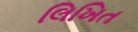
લિખિત